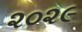
૨૦૨૯